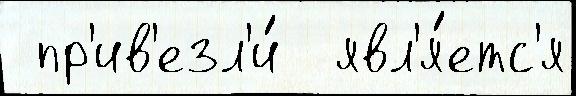
 пр'ив'езл'и́  явл'я́етс'я